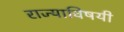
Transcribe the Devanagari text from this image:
राज्याविषयी